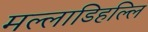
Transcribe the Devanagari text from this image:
मल्‍लाडिहल्‍लि